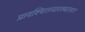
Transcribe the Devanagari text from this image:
प्रायश्चित्तव्यवस्थासार